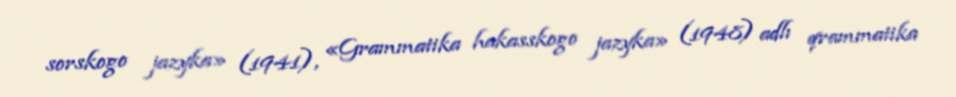
sorskogo jazyka» (1941), «Grammatika hakasskogo jazyka» (1948) adlı qrammatika